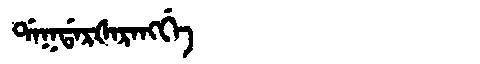
Manchu: ᡩᠠᡴᡩᠠᡵᡧᠠᡵᠠᠩᡤᡝ
Romanization: DAKDARŠARANGGE